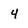
Character: 4